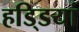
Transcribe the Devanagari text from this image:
हडि्डयां